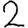
Digit: 2